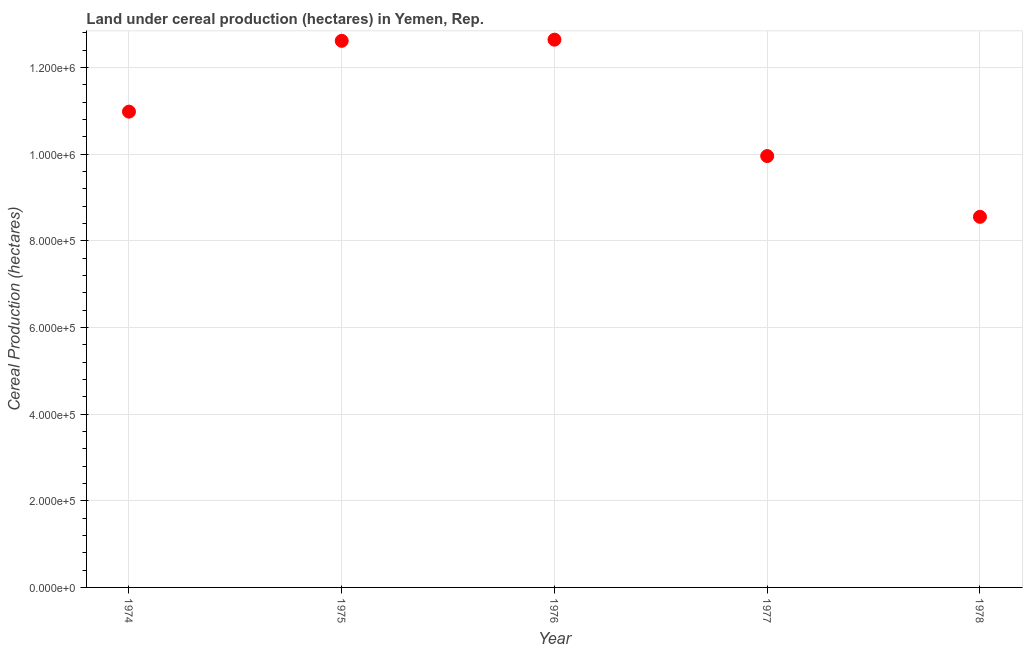
| Year | Land under cereal production (hectares) |
 | --- | --- |
 | 1974 | 1.1e+06 |
 | 1975 | 1.26e+06 |
 | 1976 | 1.26e+06 |
 | 1977 | 9.96e+05 |
 | 1978 | 8.56e+05 |